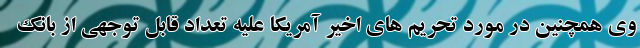
وی همچنین در مورد تحریم های اخیر آمریکا علیه تعداد قابل توجهی از بانک